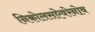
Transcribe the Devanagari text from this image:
निकोलसऐवरेनोव